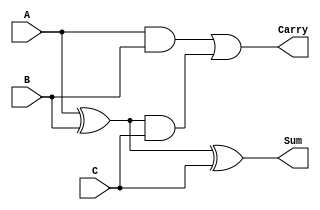
module CarrySaveAdder #(parameter n = 4) (
    input  [n-1:0] A,  // First operand
    input  [n-1:0] B,  // Second operand
    input  [n-1:0] C,  // Third operand
    output [n-1:0] Sum, // Final sum output
    output [n-1:0] Carry // Final carry output
);

// Partial sums and carries for A+B and C
wire [n-1:0] partial_sum1;
wire [n-1:0] partial_carry1;
wire [n-1:0] partial_sum2;
wire [n-1:0] partial_carry2;

// First stage of CSA: Compute partial sums and carries
assign partial_sum1 = A ^ B;        // Partial sum for A + B
assign partial_carry1 = A & B;      // Partial carry for A + B

// Second stage of CSA: Combine with C
assign partial_sum2 = partial_sum1 ^ C; // Partial sum for (A + B) + C
assign partial_carry2 = partial_sum1 & C; // Partial carry for (A + B) + C

// Final sum and carry output
assign Sum = partial_sum2; // Final sum
assign Carry = partial_carry1 | partial_carry2; // Final carry

endmodule